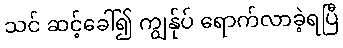
သင် ဆင့်ခေါ်၍ ကျွန်ုပ် ရောက်လာခဲ့ရပြီ